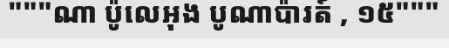
"""ណា ប៉ូលេអុង បូណាប៉ារត៍ , ១៥"""